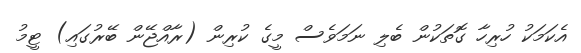
އެކަމަކު ހުރިހާ ގޮތަކުން ބެލި ނަމަވެސް މީގެ ކުރިން (ރާއްޖޭން ބޭރުގައި) ޓީމު